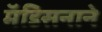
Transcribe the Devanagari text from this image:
मॅडिसनाने